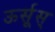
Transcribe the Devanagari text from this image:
ऊर्सूस्